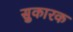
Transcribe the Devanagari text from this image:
सुकारक